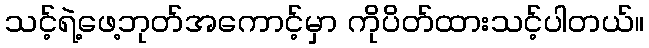
သင့်ရဲ့ဖေ့ဘုတ်အကောင့်မှာ ကိုပိတ်ထားသင့်ပါတယ်။